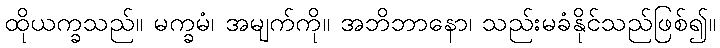
ထိုယက္ခသည်။ မက္ခမံ၊ အမျက်ကို။ အဘိဘာနော၊ သည်းမခံနိုင်သည်ဖြစ်၍။